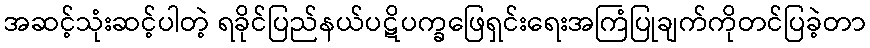
အဆင့်သုံးဆင့်ပါတဲ့ ရခိုင်ပြည်နယ်ပဋိပက္ခဖြေရှင်းရေးအကြံပြုချက်ကိုတင်ပြခဲ့တာ